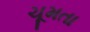
ચૂમતા